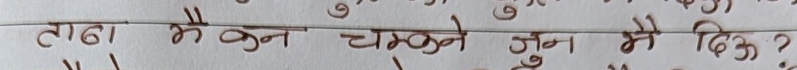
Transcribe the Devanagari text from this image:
ताबा मैं कौन चमकने जून मैं दिऊ?